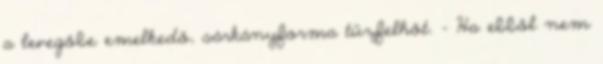
a levegőbe emelkedő, sárkányforma tűzfelhőt. - Ha ebből nem